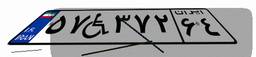
۵۷W۳۷۲۶۴